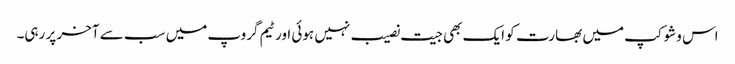
اس وشوکپ میں بھارت کو ایک بھی جیت نصیب نہیں ہوئی اور ٹیم گروپ میں سب سے آخر پر رہی۔